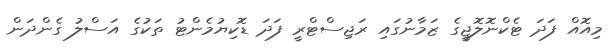
މިއޮއް ފަދަ ޓެކްނޮލޮޖީގެ ޒަމާނުގައި ރަޖިސްޓްރީ ފަދަ ޑޮކިޔުމެންޓު ތަކުގެ އަސްލު ގެންދަން